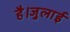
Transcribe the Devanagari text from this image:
है।जुलाई